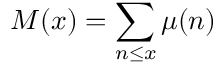
M ( x ) = \sum _ { n \leq x } \mu ( n )